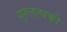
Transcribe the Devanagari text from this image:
गुरुतल्पकी